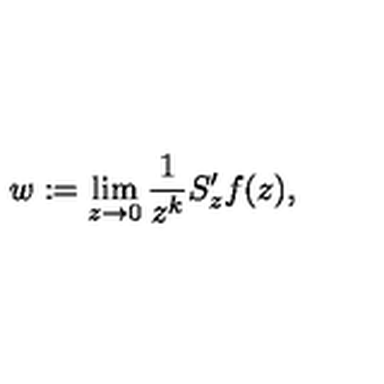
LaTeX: w : = \lim _ { z \to 0 } \frac { 1 } { z ^ { k } } S _ { z } ^ { \prime } f ( z ) ,